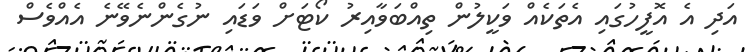
އަދި އެ އޮފީހުގައި އެތަކެއް ވަކީލުން ތިއްބަވާއިރު ކޯޓަށް ވަޑައި ނުގެންނެވޭނެ އެއްވެސް